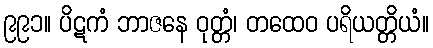
၉၉၁။ ပိဋကံ ဘာဇနေ ဝုတ္တံ၊ တထေဝ ပရိယတ္တိယံ။